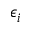
\epsilon _ { i }